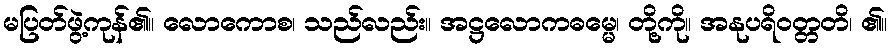
မပြတ်ဖွဲ့ကုန်၏။ လောကောစ၊ သည်လည်း။ အဋ္ဌလောကဓမ္မေ၊ တို့ကို။ အနုပရိဝတ္တတိ၊ ၏။